Vaccination in the Punjab 1867-1880 - 1867-1880
Year: 1867
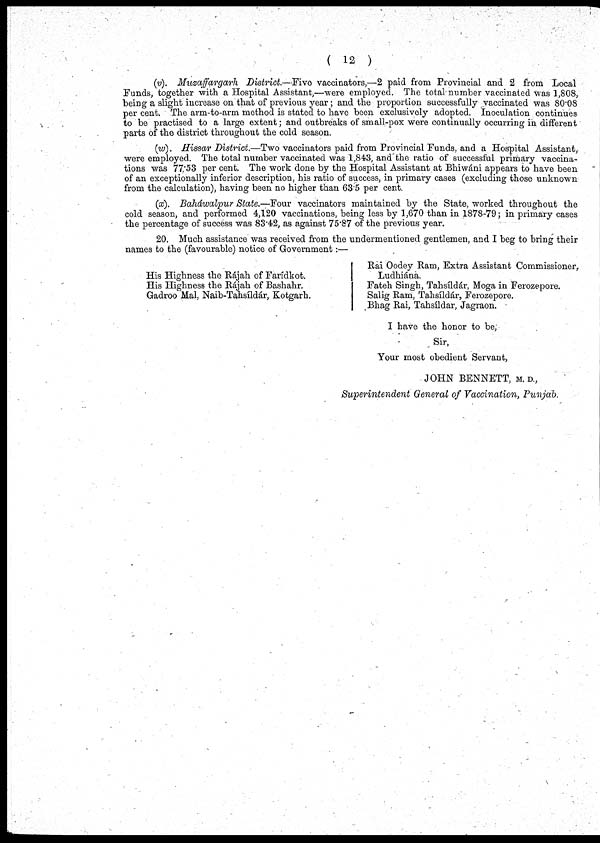
( 12 )
(v). Muzaffargarh
District.—Five vaccinators,—2 paid from Provincial and 2 from Local
Funds, together with a Hospital Assistant,—were employed. The total number vaccinated was 1,808,
being a slight increase on that of previous year ; and the proportion successfully vaccinated was 80.08
per cent. The arm-to-arm method is stated to have been exclusively adopted. Inoculation continues
to be practised to a large extent; and outbreaks of small-pox were continually occurring in different
parts of the district throughout the cold season.
(w). Hissar District.—Two vaccinators paid from Provincial Funds, and a Hospital Assistant,
were employed. The total number vaccinated was 1,843, and the ratio of successful primary vaccina-
tions was 77.53 per cent. The work done by the Hospital Assistant at Bhiwáni appears to have been
of an exceptionally inferior description, his ratio of success, in primary cases (excluding those unknown
from the calculation), having been no higher than 63.5 per cent.
(x). Baháwalpur State.—Four vaccinators maintained by the State, worked throughout the
cold season, and performed 4,120 vaccinations, being less by 1,670 than in 1878-79; in primary cases
the percentage of success was 83.42, as against 75.87 of the previous year.
20. Much assistance was received from the undermentioned gentlemen, and I beg to bring their
names to the (favourable) notice of Government:—
His Highness the Rájah of Farídkot.
His Highness the Rájah of Bashahr.
Gadroo Mal, Naib-Tahsíldár, Kotgarh.
Rai Oodey Ram, Extra Assistant Commissioner,
Ludhiána.
Fateh Singh, Tahsíldár, Moga in Ferozepore.
Salig Ram, Tahsíldár, Ferozepore.
Bhag Rai, Tahsíldár, Jagraon.
I have the honor to be,
Sir,
Your most obedient Servant,
JOHN BENNETT, M. D.,
Superintendent General of Vaccination, Punjab.